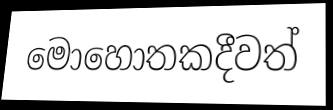
මොහොතකදීවත්